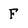
Character: F